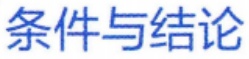
条件与结论